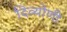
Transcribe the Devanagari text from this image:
दिव्योणी